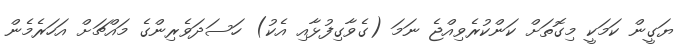
ޔަގީން ކަމަކީ މިގޮތަށް ކަންކުރެވިއްޖެ ނަމަ (ގެވާގިފުޅާއި އެކު) ހަސަދަވެރިންގެ މައްޗަށް އަހަރެމެން